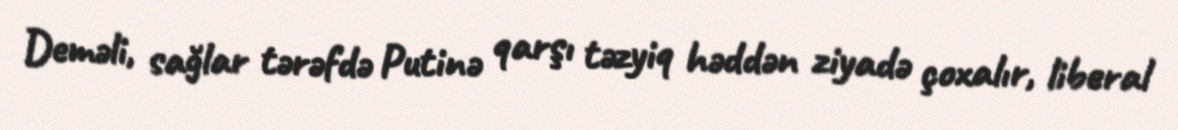
Deməli, sağlar tərəfdə Putinə qarşı təzyiq həddən ziyadə çoxalır, liberal